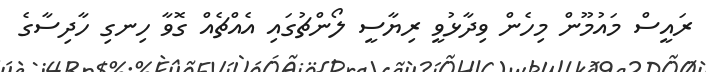
ރައީސް މައުމޫން މިހެން ވިދާޅުވީ ރިޔާސީ ލޯންޗުގައި އެއްޗެއް ގޮވާ ހިނގި ހާދިސާގެ